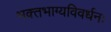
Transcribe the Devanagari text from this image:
भक्‍तभाग्यविवर्धनः